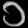
Digit: ၁